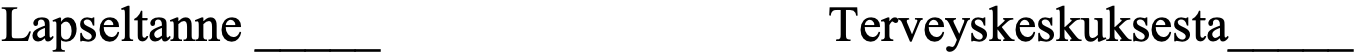
Lapseltanne _____          Terveyskeskuksesta_____